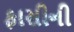
ફાસીની